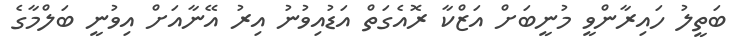
ބަތީލު ހައިރާންވީ މުނީބަށް އަޒްކާ ރޮއެގަތް އަޑުއިވުނު އިރު އޭނާއަށް އިވުނީ ބަލްމާގެ